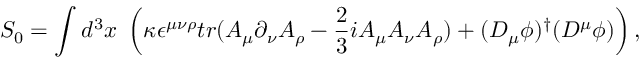
S _ { 0 } = \int d ^ { 3 } x ~ \left( \kappa \epsilon ^ { \mu \nu \rho } t r ( A _ { \mu } \partial _ { \nu } A _ { \rho } - \frac { 2 } { 3 } i A _ { \mu } A _ { \nu } A _ { \rho } ) + ( D _ { \mu } \phi ) ^ { \dagger } ( D ^ { \mu } \phi ) \right) ,